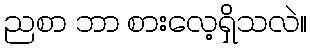
ညစာ ဘာ စားလေ့ရှိသလဲ။